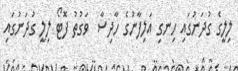
ލިލީގެ ގުދަނުގައި ހިނގި އަލިފާނުގެ ހާދިސާ  ވަގުތު ފޮޓޯ ލިލީ ގުދަނުގައި